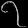
Digit: ၇